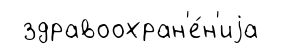
здравоохран'е́н'иjа